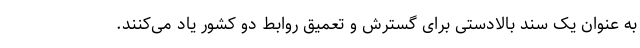
به عنوان یک سند بالادستی برای گسترش و تعمیق روابط دو کشور یاد می‌کنند.